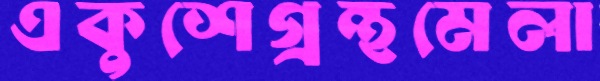
একুশেগ্রন্থমেলা